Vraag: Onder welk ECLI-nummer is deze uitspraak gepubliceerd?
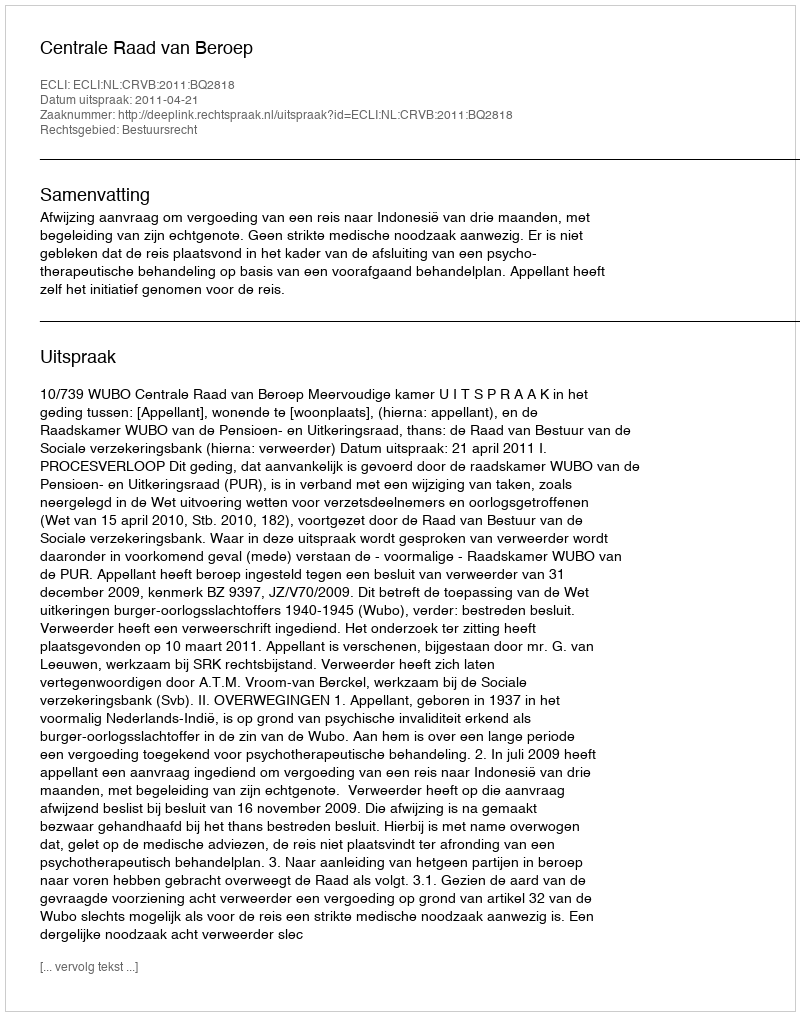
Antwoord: ECLI:NL:CRVB:2011:BQ2818